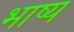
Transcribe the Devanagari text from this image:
भाष्‍य